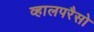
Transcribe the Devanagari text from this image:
व्हालपरैसो